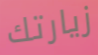
زيارتك